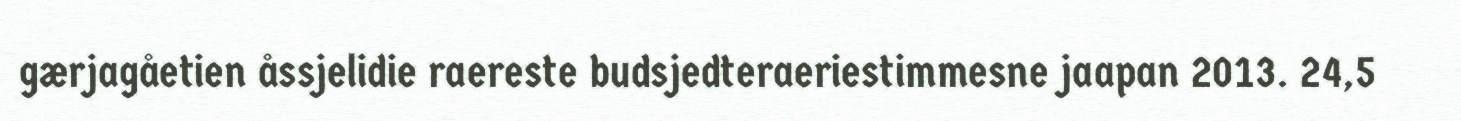
gærjagåetien åssjelidie raereste budsjedteraeriestimmesne jaapan 2013. 24,5